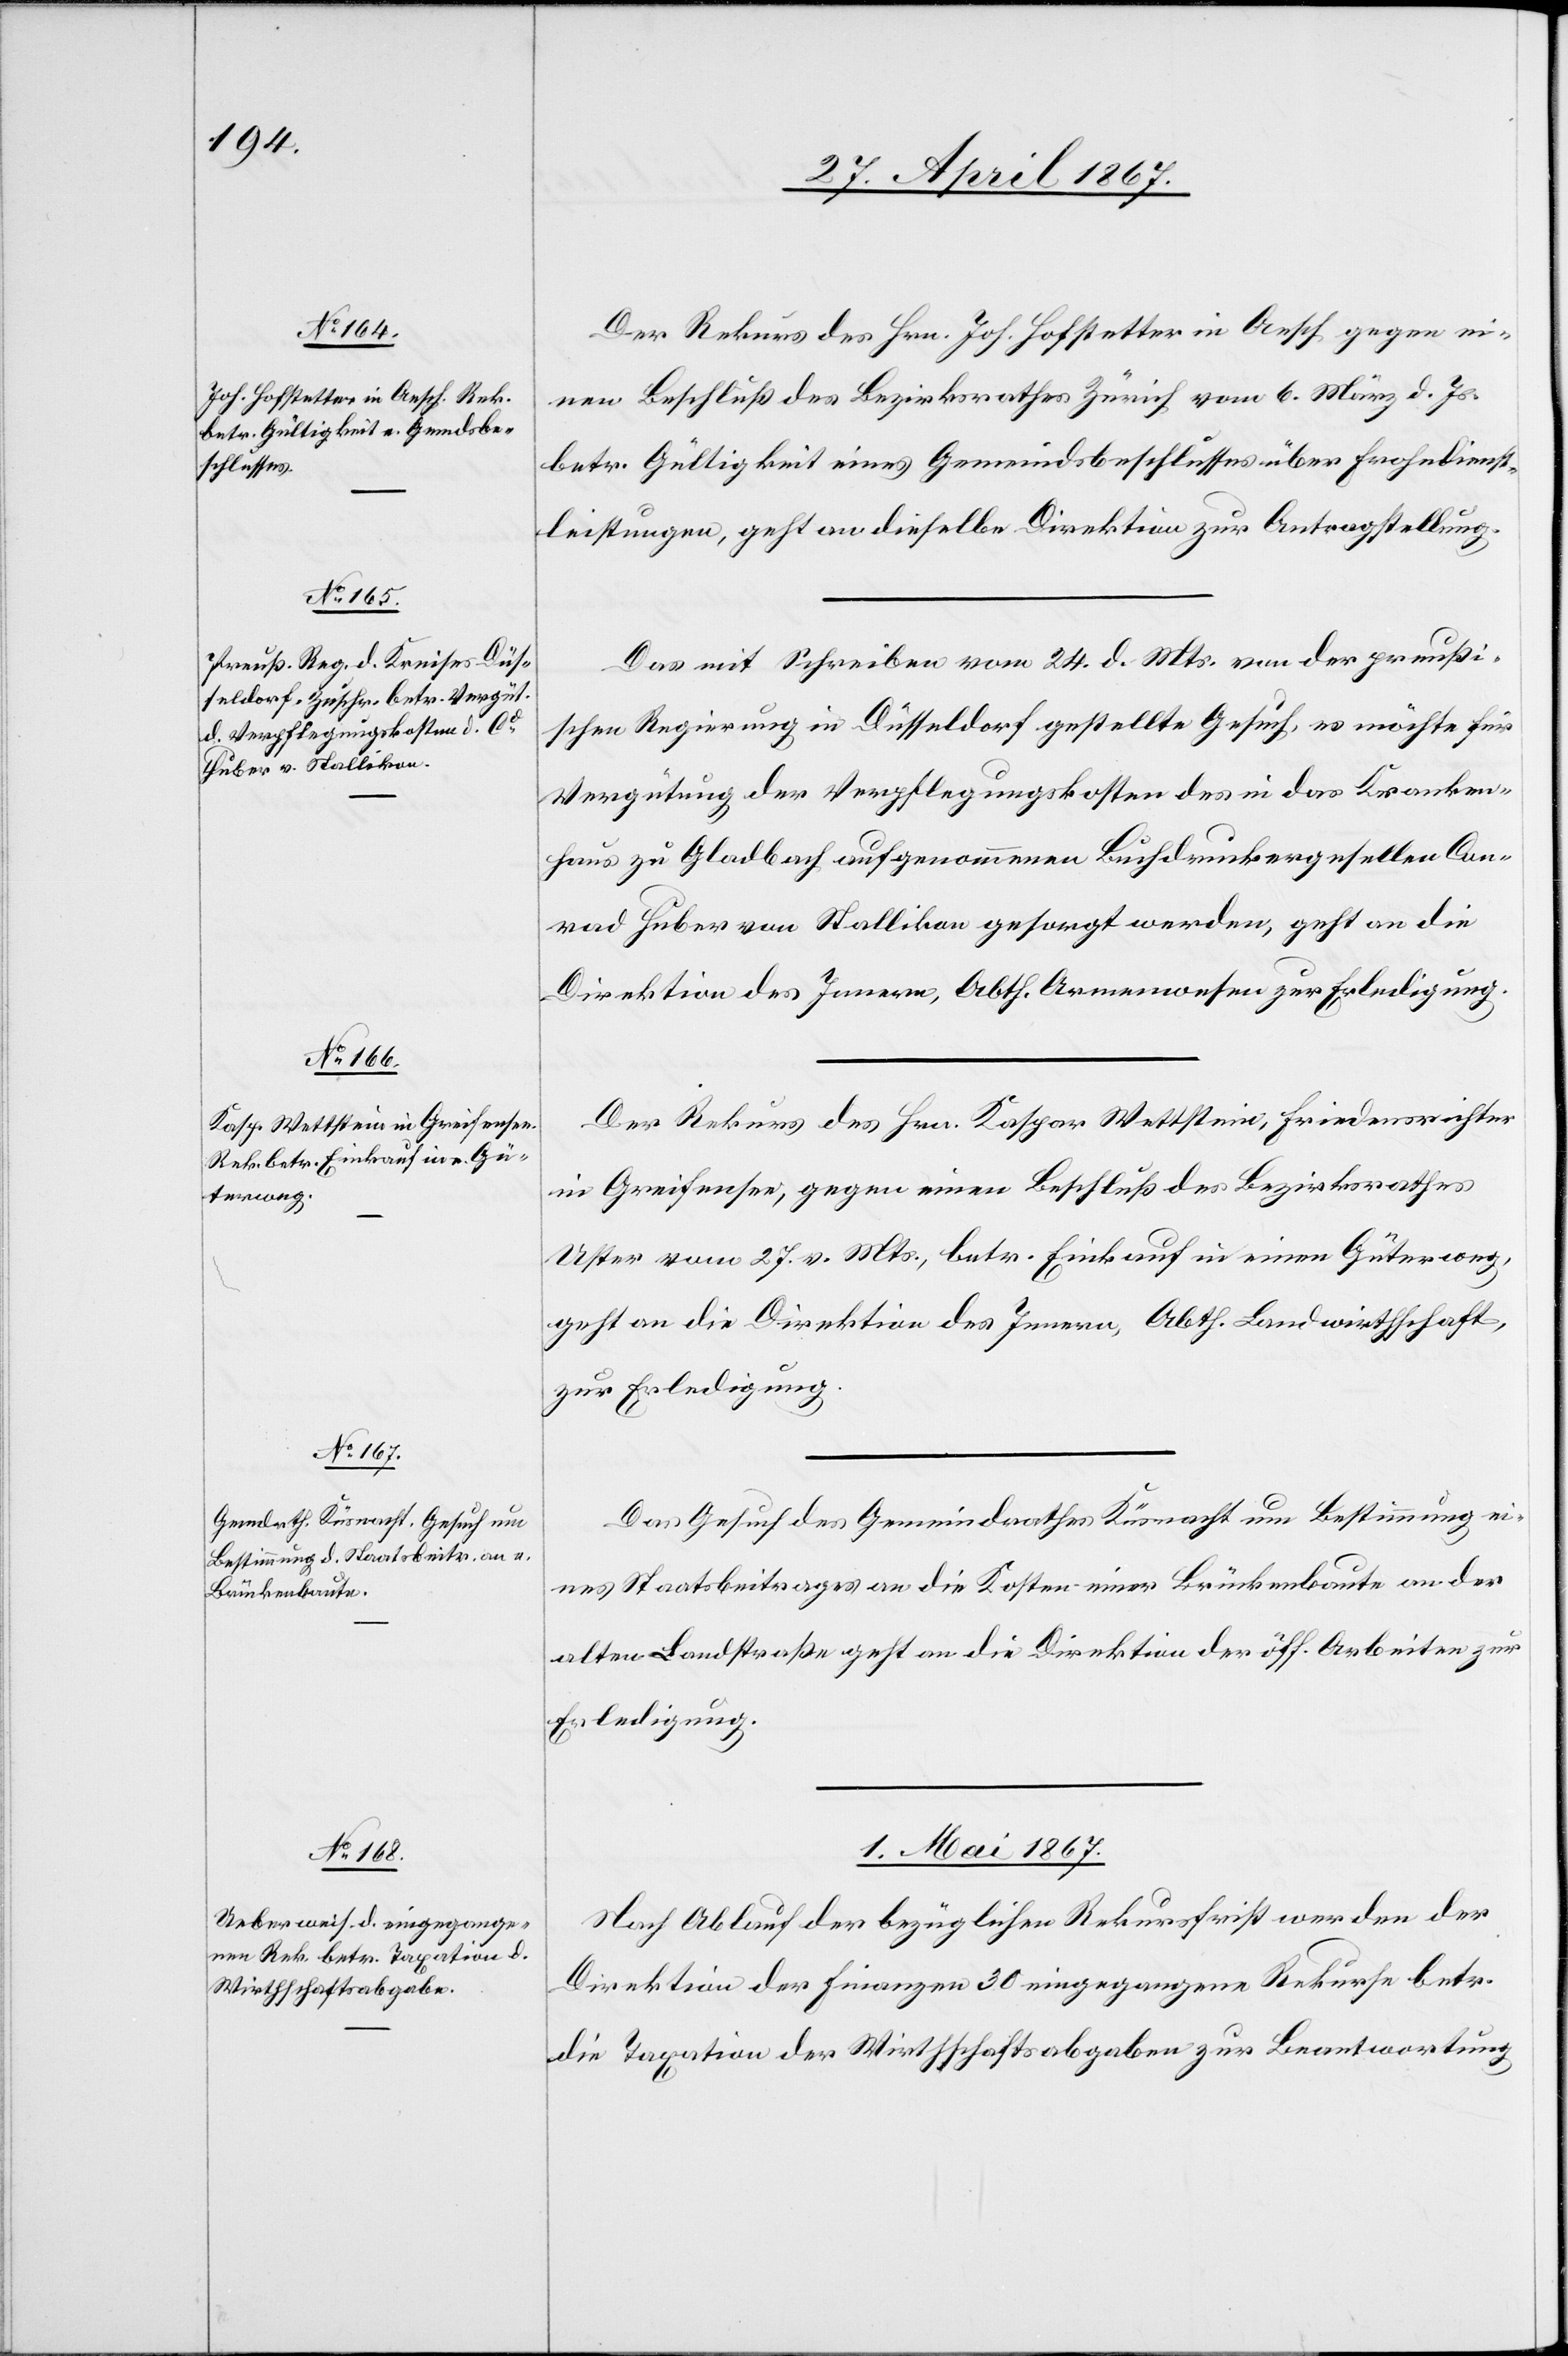
30. April 1867.]
Der Rekurs des Hrn. Joh. Hofstetter in Aesch gegen ei¬
nen Beschluß des Bezirksrathes Zürich vom 6. März d. Js.
betr. Gültigkeit eines Gemeindsbeschlusses über Frohndienst¬
leistungen, geht an dieselbe Direktion zur Antragstellung.
Das mit Schreiben vom 24. d. Mts. von der preußi¬
schen Regierung in Düsseldorf gestellte Gesuch, es möchte für
Vergütung der Verpflegungskosten des in das Kranken¬
haus zu Gladbach aufgenommen Buchdruckergesellen Con¬
rad Huber von Stallikon gesorgt werden, geht an die
Direktion des Innern, Abth. Armenwesen zur Erledigung.
Der Rekurs des Hrn. Kaspar Wettstein, Friedensrichter
in Greifensee, gegen einen Beschluß des Bezirksrathes
Uster vom 27. v. Mts., betr. Einkauf in einen Güterweg,
geht an die Direktion des Innern, Abth. Landwirthschaft,
zur Erledigung.
Das Gesuch des Gemeindrathes Küsnacht um Bestimmung ei¬
nes Staatsbeitrages an die Kosten einer Brückenbaute an der
alten Landstraße geht an die Direktion der öff. Arbeiten zur
Erledigung.
1. Mai 1867.
Nach Ablauf der bezüglichen Rekursfrist werden der
Direktion der Finanzen 30 eingezogene Rekurse betr.
die Taxation der Wirthschaftsabgaben zur Beantwortung